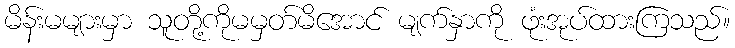
မိန်းမများမှာ သူတို့ကိုမမှတ်မိအောင် မျက်နှာကို ဖုံးအုပ်ထားကြသည်။